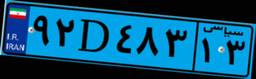
۳۶D۴۷۶۳۱